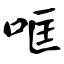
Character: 哐